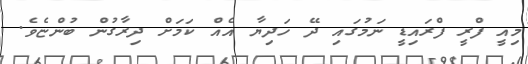
މިއީ ފްރީ ފްރައިޑީ ނަމުގައި ދޭ ހަދިޔާ އެއް ކަމަަށް ދިރާގުން ބުންޏެވެ.